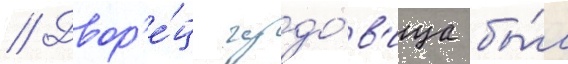
// Двор'е́ц чудо́в'ища бы́л